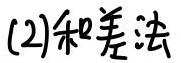
(2)和差法